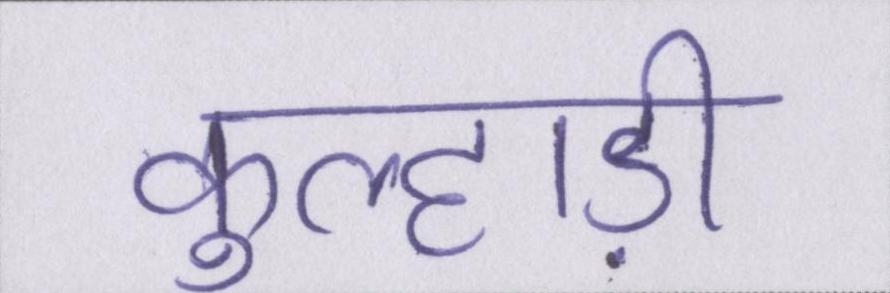
कुल्हाड़ी